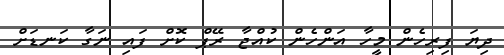
ދިޔަ ފިރިހެން މީހާ އަންހެން ކުއްޖާ ރޭޕް ކޮށް ފައި ނަގާ ކަނޑަށް